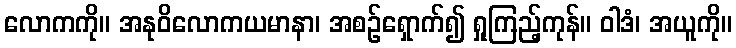
လောကကို။ အနုဝိလောကယမာနာ၊ အစဉ်ရှောက်၍ ရှုကြည့်ကုန်။ ဝါဒံ၊ အယူကို။